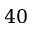
4 0